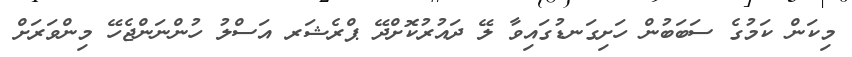
މިކަން ކަމުގެ ސަބަބުން ހަށިގަނޑުގައިވާ ލޭ ދައުރުކޮށްދޭ ޕްރެޝަރ އަސްލު ހުންނަންޖެހޭ މިންވަރަށް